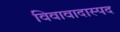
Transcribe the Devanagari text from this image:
विवावादास्पद